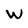
Character: W